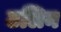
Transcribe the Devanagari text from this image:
टलिन